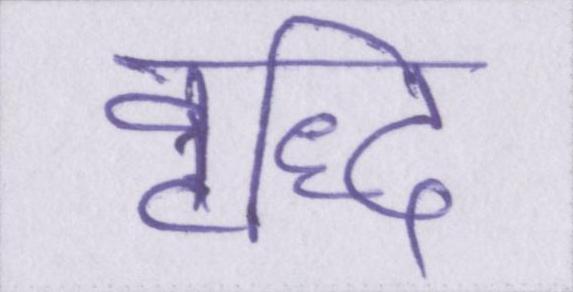
वृद्धि